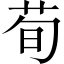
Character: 荀